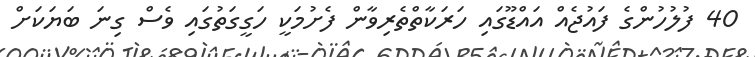
40 ފުލުހުންގެ ފައުޖެއް އައްޑޫގައި ހަރަކާތްތެރިވާން ފެށުމަކީ ހަގީގަތުގައި ވެސް ގިނަ ބަޔަކަށް